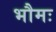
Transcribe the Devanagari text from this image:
भौमः